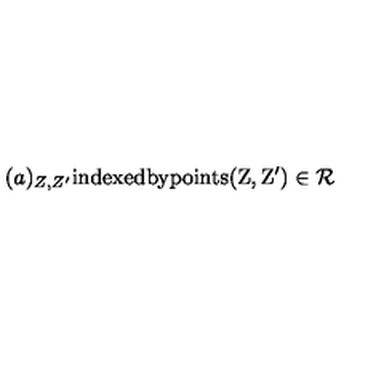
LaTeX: ( a ) _ { Z , Z ^ { \prime } } \mathrm { i n d e x e d b y p o i n t s ( Z , Z ' ) \in { \cal R } }